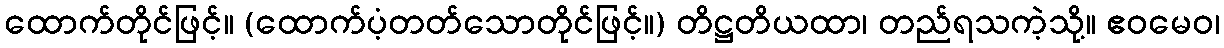
ထောက်တိုင်ဖြင့်။ (ထောက်ပံ့တတ်သောတိုင်ဖြင့်။) တိဋ္ဌတိယထာ၊ တည်ရသကဲ့သို့။ ဧဝမေဝ၊